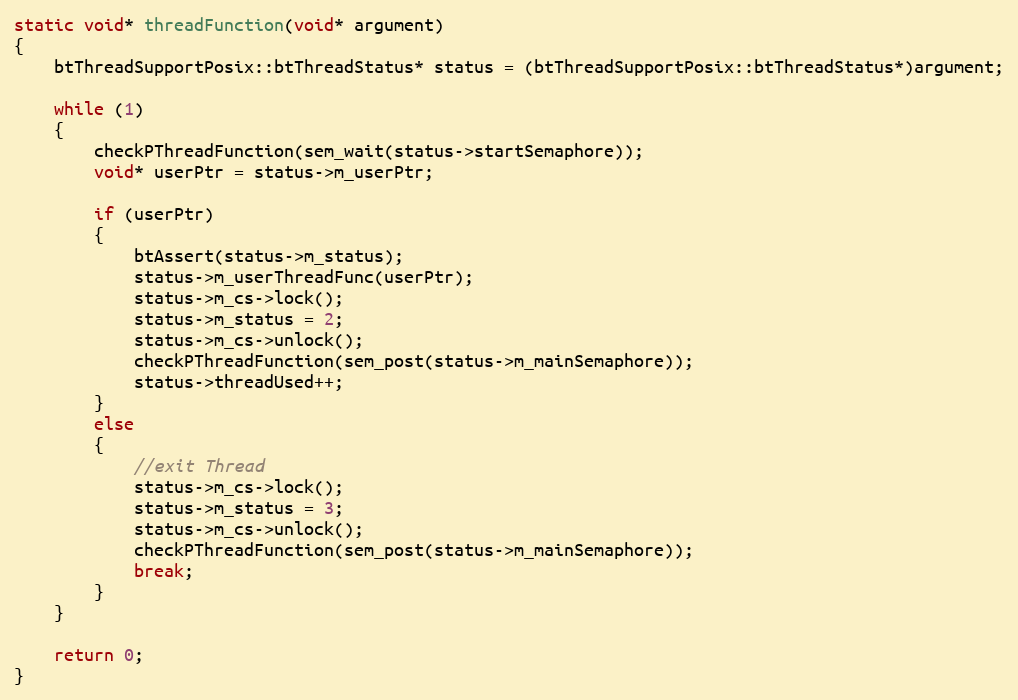
Language: C++
static void* threadFunction(void* argument)
{
	btThreadSupportPosix::btThreadStatus* status = (btThreadSupportPosix::btThreadStatus*)argument;

	while (1)
	{
		checkPThreadFunction(sem_wait(status->startSemaphore));
		void* userPtr = status->m_userPtr;

		if (userPtr)
		{
			btAssert(status->m_status);
			status->m_userThreadFunc(userPtr);
			status->m_cs->lock();
			status->m_status = 2;
			status->m_cs->unlock();
			checkPThreadFunction(sem_post(status->m_mainSemaphore));
			status->threadUsed++;
		}
		else
		{
			//exit Thread
			status->m_cs->lock();
			status->m_status = 3;
			status->m_cs->unlock();
			checkPThreadFunction(sem_post(status->m_mainSemaphore));
			break;
		}
	}

	return 0;
}